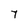
Character: 7